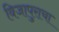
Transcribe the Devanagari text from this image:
विजापुराचा